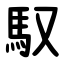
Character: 馭